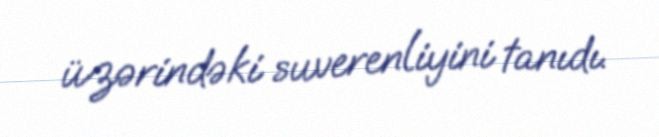
üzərindəki suverenliyini tanıdı.